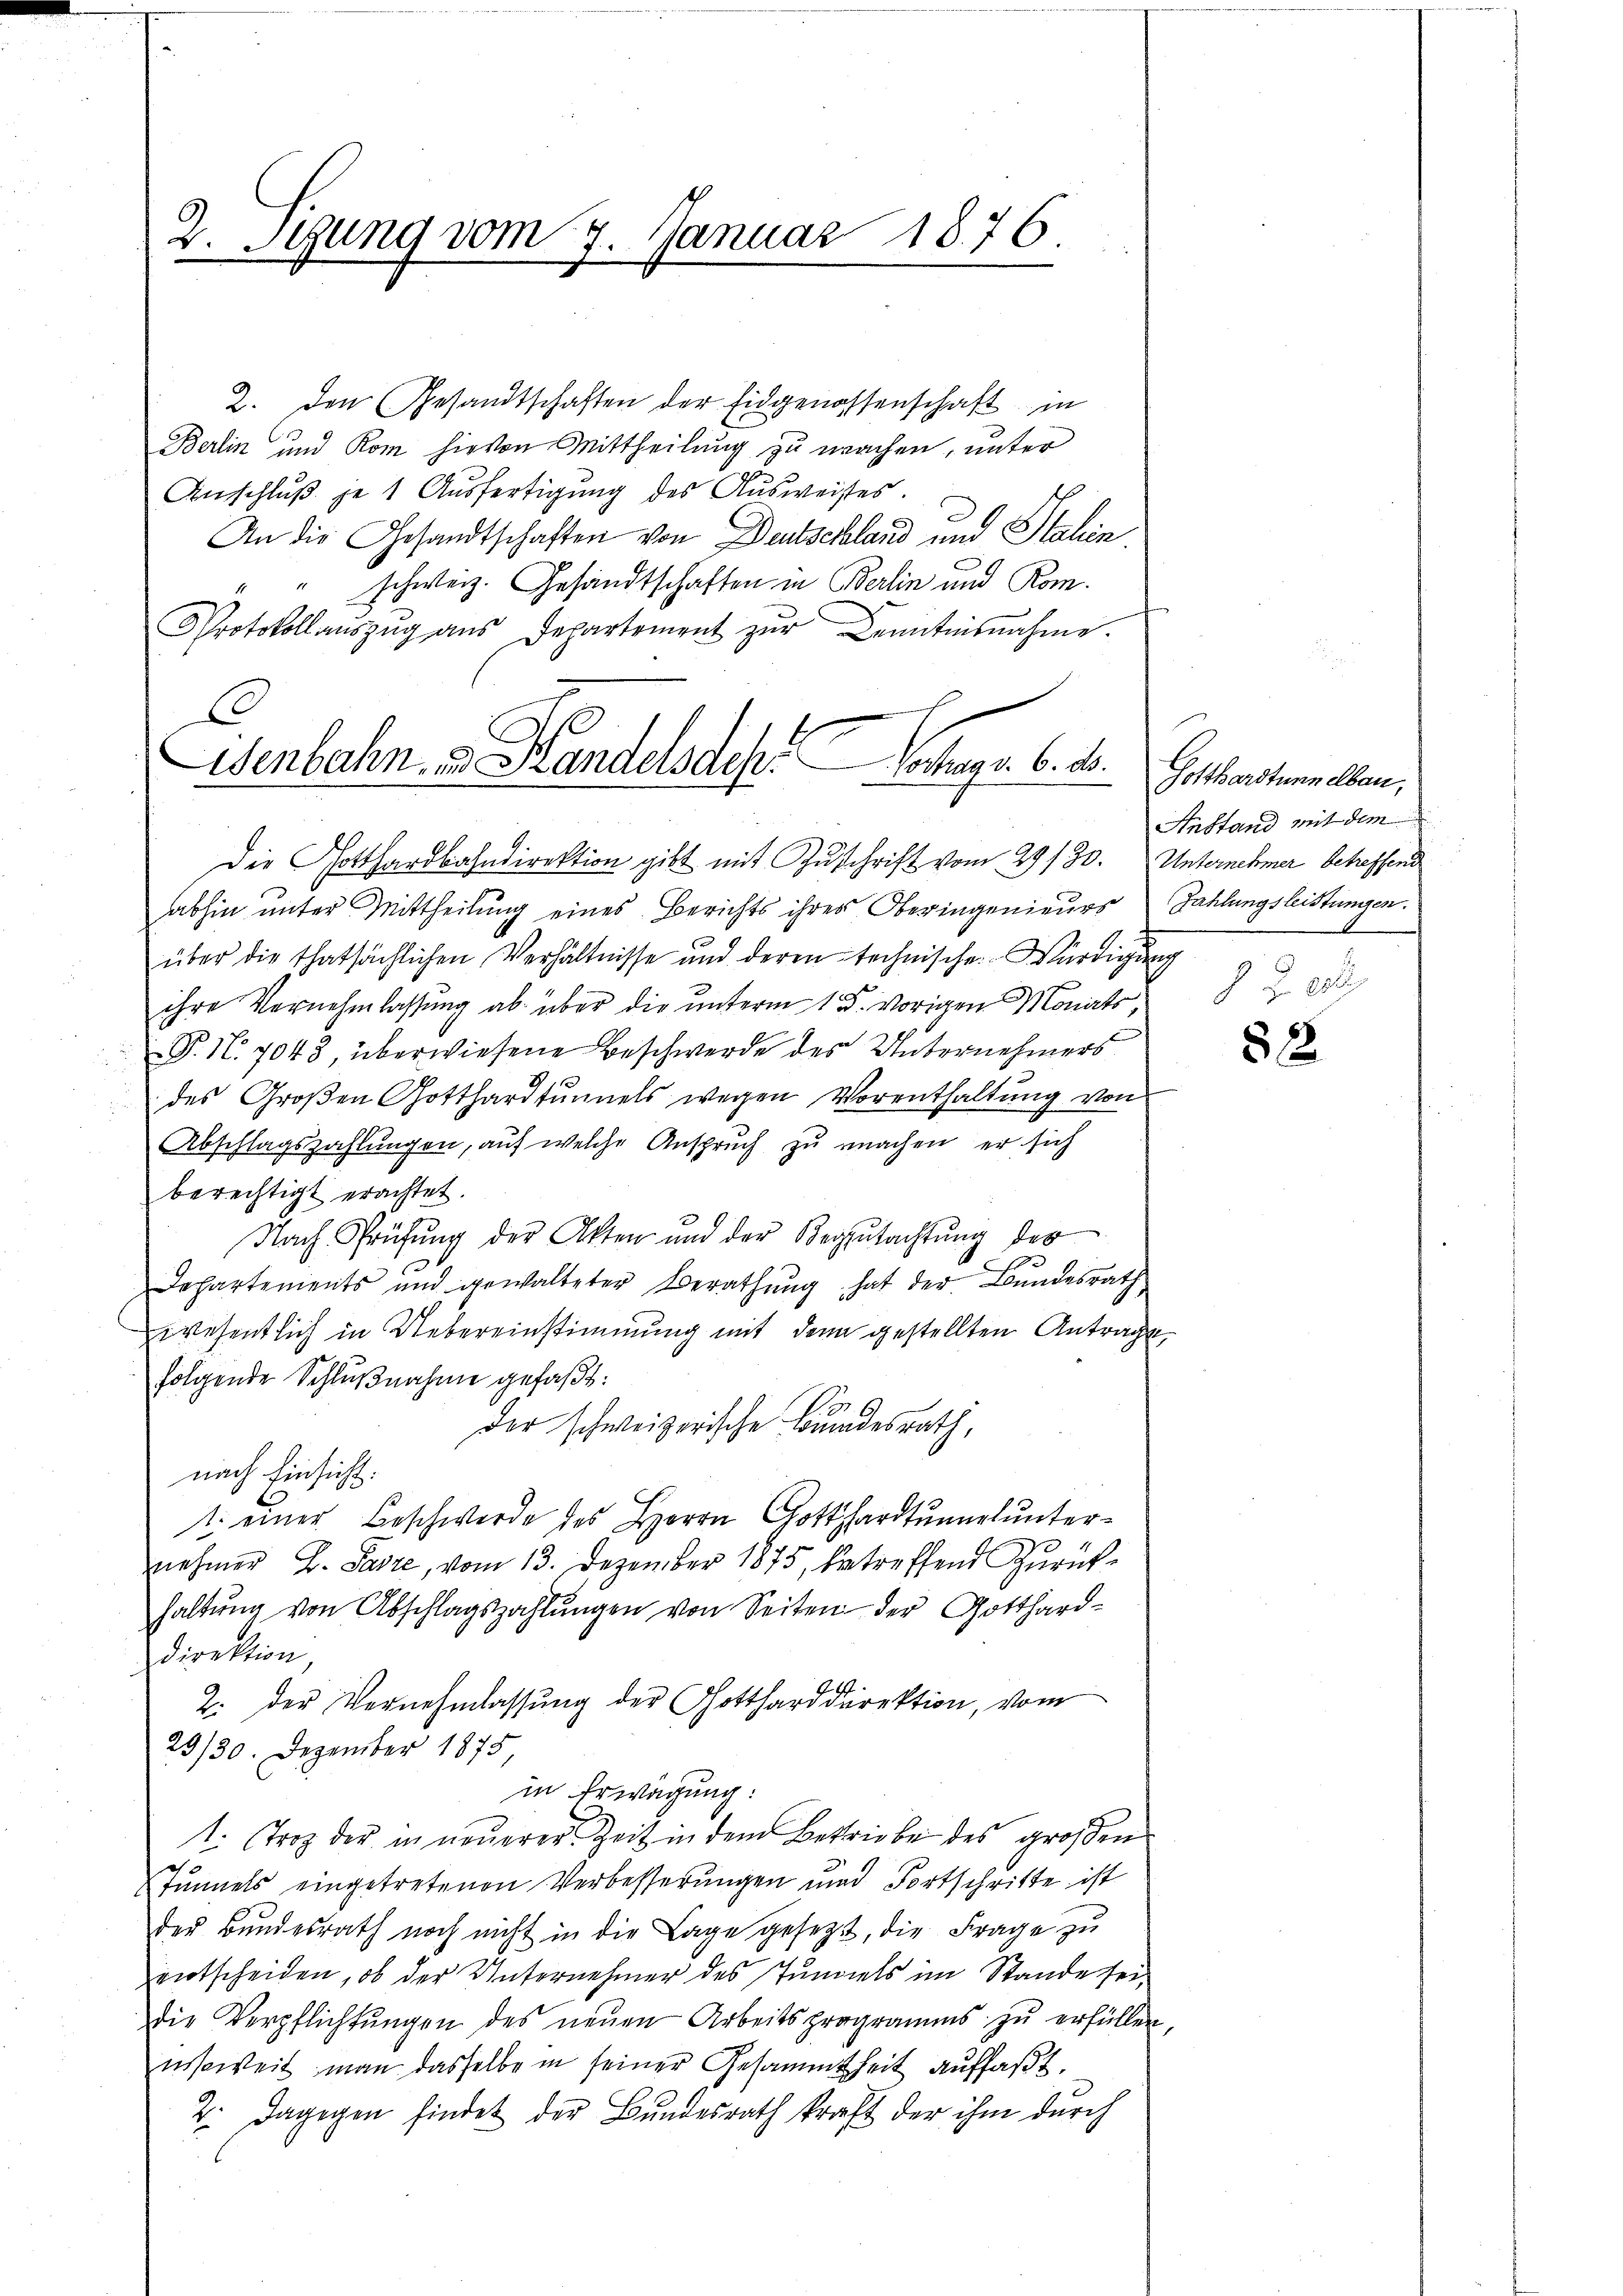
2. Stung vom 7. Januar 1876.

2. den Gesandtschaften der Eidgenossenschaft in
Berlin und Rom hievon Mittheilung zu machen, unter
Anschluß je 1 Ausfertigung des Ausweises.
An die Gesandtschaften von Deutschland und Stalin
schweiz. Gesandtschaften in Berlin und Rom.
Protokollaŭszŭg aŭs Departement zŭr Kenntnisnahme.
Die Gotthardbahndirektion gibt mit Zuschrift vom 29./30. Unternehmer betreffend
abhin unter Mittheilung eines Berichts ihres Oberingenieurs
über die thatsächlichen Verhältnisse und deren technische Würdigŭng
ihre Vernehmlassung ab über die unterm 1. d. vorigen Monats,
P. N. 7043, überwiesene Beschwerde des Unternehmers
des Großen Gotthardtunnels wegen Vorenthaltung von
Abschlagszahlungen, auf welche Anspruch zu machen, er sich
berechtigt erachtet.
Nach Prüfung der Akten und der Begutachtŭng der
e
Departements und gewalteter Berathŭng hat der Bundesrath
wesentlich in Uebereinstimmung mit den gestellten Antrage,
folgende Schlŭβnahme gefaßt:
der schweizerische Bundesrath,
nach Einsicht.
1. einer Beschwerde des Herrn Gotthardtŭnelŭnter-
nehmer B. Paste, vom 13. Dezember 1875, betreffend Zurückhaltŭng von Abschlagszahlŭngen von Seiten der Gotthard-
Direktion
2. der Vernehmlassung der Gottharddirektion, vom
29/30. Dezember 1875
in Erwägung:
1. Trop der in neŭerer Zeit in dem Betriebe des großen
Tunnels eingetretenen Verbesserungen und Fortschritte ist
der Bundesrath noch nicht in die Lage gesetzt, die Frage zu
entscheiden, ob der Unternehmer des Tunnels im Stande sei,
die Verpflichtŭngen des neuen Arbeitsprogramms zu erfüllen
nsoweit man dasselbe in seiner Gesammtheit auffaßt.
2. Dagegen findet der Bundesrath kraft der ihm durch

f
Wenbahn. v. Handelsdepochen v. 6. d.

Gotthardtunn eben,
Anstand mit dem
Zahlungsleistungen.
Z. Z. 23

82